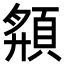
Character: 頯